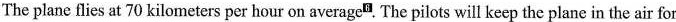
The plane flies at 70 kilometers per hour on average". The pilots willkeep the plane in the air for